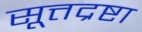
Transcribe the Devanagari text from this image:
सूत्तद्रष्टा